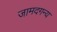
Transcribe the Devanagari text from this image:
जामदगन्य